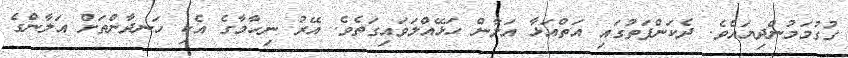
ގުގުމަމުންދިޔައެވެ. ދެކަންފަތުގައި އަތްއަޅާ އަލާން ހަޅޭއްލަވައިގަތެވެ. އޭރު ނިހާމާގެ އެކި ހަނދާންތަށް އަލާންގެ